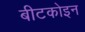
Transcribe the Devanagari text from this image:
बीटकोइन